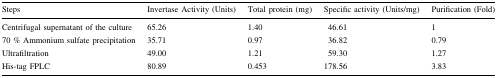
<table><thead><tr><td><b>Steps</b></td><td><b>Invertase Activity (Units)</b></td><td><b>Total protein (mg)</b></td><td><b>Specific activity (Units/mg)</b></td><td><b>Purification (Fold)</b></td></tr></thead><tbody><tr><td>Centrifugal supernatant of the culture</td><td>65.26</td><td>1.40</td><td>46.61</td><td>1</td></tr><tr><td>70 % Ammonium sulfate precipitation</td><td>35.71</td><td>0.97</td><td>36.82</td><td>0.79</td></tr><tr><td>Ultrafiltration</td><td>49.00</td><td>1.21</td><td>59.30</td><td>1.27</td></tr><tr><td>His-tag FPLC</td><td>80.89</td><td>0.453</td><td>178.56</td><td>3.83</td></tr></tbody></table>